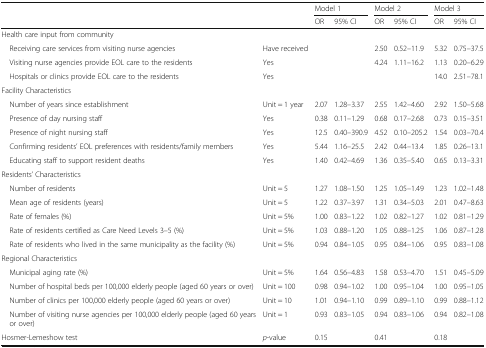
<table><thead><tr><td colspan="2" rowspan="2">[EMPTY_CELL]</td><td colspan="2"><b>Model 1</b></td><td colspan="2"><b>Model 2</b></td><td colspan="2"><b>Model 3</b></td></tr><tr><td><b>OR</b></td><td><b>95% CI</b></td><td><b>OR</b></td><td><b>95% CI</b></td><td><b>OR</b></td><td><b>95% CI</b></td></tr></thead><tbody><tr><td colspan="8">Health care input from community</td></tr><tr><td> Receiving care services from visiting nurse agencies</td><td>Have received</td><td>[EMPTY_CELL]</td><td>[EMPTY_CELL]</td><td>2.50</td><td>0.52–11.9</td><td>5.32</td><td>0.75–37.5</td></tr><tr><td> Visiting nurse agencies provide EOL care to the residents</td><td>Yes</td><td>[EMPTY_CELL]</td><td>[EMPTY_CELL]</td><td>4.24</td><td>1.11–16.2</td><td>1.13</td><td>0.20–6.29</td></tr><tr><td> Hospitals or clinics provide EOL care to the residents</td><td>Yes</td><td>[EMPTY_CELL]</td><td>[EMPTY_CELL]</td><td>[EMPTY_CELL]</td><td>[EMPTY_CELL]</td><td>14.0</td><td>2.51–78.1</td></tr><tr><td colspan="8">Facility Characteristics</td></tr><tr><td> Number of years since establishment</td><td>Unit = 1 year</td><td>2.07</td><td>1.28–3.37</td><td>2.55</td><td>1.42–4.60</td><td>2.92</td><td>1.50–5.68</td></tr><tr><td> Presence of day nursing staff</td><td>Yes</td><td>0.38</td><td>0.11–1.29</td><td>0.68</td><td>0.17–2.68</td><td>0.73</td><td>0.15–3.51</td></tr><tr><td> Presence of night nursing staff</td><td>Yes</td><td>12.5</td><td>0.40–390.9</td><td>4.52</td><td>0.10–205.2</td><td>1.54</td><td>0.03–70.4</td></tr><tr><td> Confirming residents’ EOL preferences with residents/family members</td><td>Yes</td><td>5.44</td><td>1.16–25.5</td><td>2.42</td><td>0.44–13.4</td><td>1.85</td><td>0.26–13.1</td></tr><tr><td> Educating staff to support resident deaths</td><td>Yes</td><td>1.40</td><td>0.42–4.69</td><td>1.36</td><td>0.35–5.40</td><td>0.65</td><td>0.13–3.31</td></tr><tr><td colspan="8">Residents’ Characteristics</td></tr><tr><td> Number of residents</td><td>Unit = 5</td><td>1.27</td><td>1.08–1.50</td><td>1.25</td><td>1.05–1.49</td><td>1.23</td><td>1.02–1.48</td></tr><tr><td> Mean age of residents (years)</td><td>Unit = 5</td><td>1.22</td><td>0.37–3.97</td><td>1.31</td><td>0.34–5.03</td><td>2.01</td><td>0.47–8.63</td></tr><tr><td> Rate of females (%)</td><td>Unit = 5%</td><td>1.00</td><td>0.83–1.22</td><td>1.02</td><td>0.82–1.27</td><td>1.02</td><td>0.81–1.29</td></tr><tr><td> Rate of residents certified as Care Need Levels 3–5 (%)</td><td>Unit = 5%</td><td>1.03</td><td>0.88–1.20</td><td>1.05</td><td>0.88–1.25</td><td>1.06</td><td>0.87–1.28</td></tr><tr><td> Rate of residents who lived in the same municipality as the facility (%)</td><td>Unit = 5%</td><td>0.94</td><td>0.84–1.05</td><td>0.95</td><td>0.84–1.06</td><td>0.95</td><td>0.83–1.08</td></tr><tr><td colspan="8">Regional Characteristics</td></tr><tr><td> Municipal aging rate (%)</td><td>Unit = 5%</td><td>1.64</td><td>0.56–4.83</td><td>1.58</td><td>0.53–4.70</td><td>1.51</td><td>0.45–5.09</td></tr><tr><td> Number of hospital beds per 100,000 elderly people (aged 60 years or over)</td><td>Unit = 100</td><td>0.98</td><td>0.94–1.02</td><td>1.00</td><td>0.95–1.04</td><td>1.00</td><td>0.95–1.05</td></tr><tr><td> Number of clinics per 100,000 elderly people (aged 60 years or over)</td><td>Unit = 10</td><td>1.01</td><td>0.94–1.10</td><td>0.99</td><td>0.89–1.10</td><td>0.99</td><td>0.88–1.12</td></tr><tr><td> Number of visiting nurse agencies per 100,000 elderly people (aged 60 years or over)</td><td>Unit = 1</td><td>0.93</td><td>0.83–1.05</td><td>0.94</td><td>0.83–1.06</td><td>0.94</td><td>0.82–1.08</td></tr><tr><td>Hosmer-Lemeshow test</td><td><i>p</i>-value</td><td>0.15</td><td>[EMPTY_CELL]</td><td>0.41</td><td>[EMPTY_CELL]</td><td>0.18</td><td>[EMPTY_CELL]</td></tr></tbody></table>